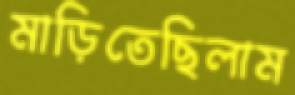
মাড়িতেছিলাম